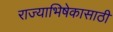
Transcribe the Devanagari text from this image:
राज्याभिषेकासाठी